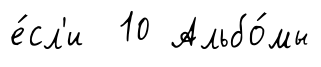
е́сл'и 10 Альбо́мы